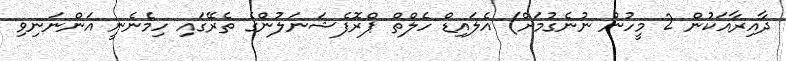
ދާއިރާއަކުން 2 މީހުން ނުނެގުމަށް) އެލައިޑް ހެލްތް ޕްރޮފެޝަނަލުންގެ ތެރޭގައި ހިމެނެނީ އަންނަނިވި